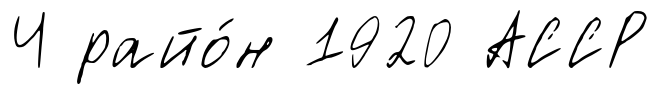
Ч райо́н 1920 АССР